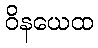
ဝိနယေထ